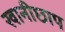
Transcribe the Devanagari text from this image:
खानीछाप